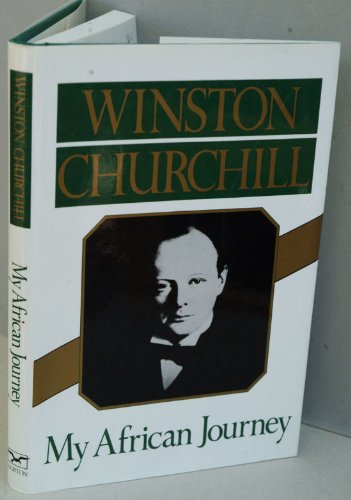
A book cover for My African Journey; Winston S, Churchill; Travel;